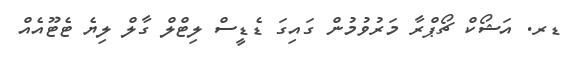
ޑރ. އަޝޯކް ޗޯޕްރާ މަރުވުމުން ގައިގަ ޑެޑީސް ލިޓްލް ގާލް ލިޔެ ޓެޓޫއެއް